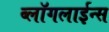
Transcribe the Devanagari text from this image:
ब्लॉगलाईन्स